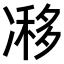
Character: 𠗺